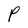
Character: P